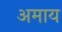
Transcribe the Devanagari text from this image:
अमाय